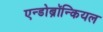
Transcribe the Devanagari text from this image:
एन्डोब्रॉन्कियल